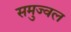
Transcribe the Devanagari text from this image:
समुज्वल